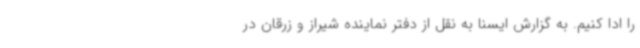
را ادا کنیم. به گزارش ایسنا به نقل از دفتر نماینده شیراز و زرقان در